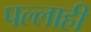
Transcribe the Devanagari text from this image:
पल्लाही